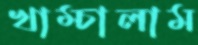
খাম্‌চালাম